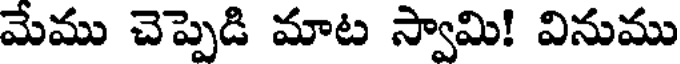
మేము చెప్పెడి మాట స్వామి! వినుము